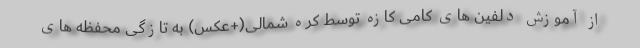
از آموزش دلفین های کامی کازه توسط کره شمالی(+عکس) به تازگی محفظه های